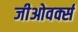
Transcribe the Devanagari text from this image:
जीओवर्क्स